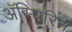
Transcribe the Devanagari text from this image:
अॅस्पिरिन